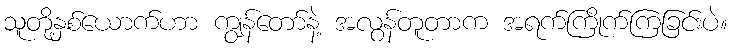
သူတို့နှစ်ယောက်ဟာ ကျွန်တော်နဲ့ အလွန်တူတာက အရက်ကြိုက်ကြခြင်းပဲ။